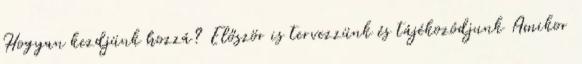
Hogyan kezdjünk hozzá? Először is tervezzünk és tájékozódjunk Amikor